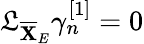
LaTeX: \mathfrak{L}_{\overline{{\mathbf{X}}}_{E}}\gamma_{n}^{[1]}=0